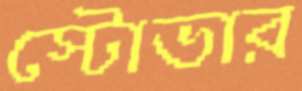
স্টোভার